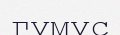
гумус